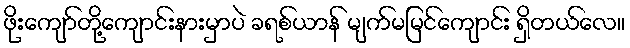
ဖိုးကျော်တို့ကျောင်းနားမှာပဲ ခရစ်ယာန် မျက်မမြင်ကျောင်း ရှိတယ်လေ။